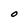
Character: O